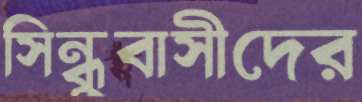
সিন্ধুবাসীদের